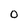
Character: O